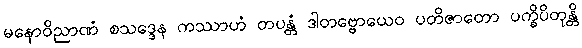
မနောဝိညာဏံ စသဒ္ဒေန ကဿာဟံ တပန္တံ ဒါတဗ္ဗောယေဝ ပတိဇာတော ပက္ခိပိတုန္တိ